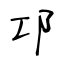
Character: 邛